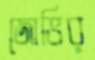
জোভির